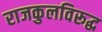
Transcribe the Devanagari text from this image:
राजकुलविरूद्ध